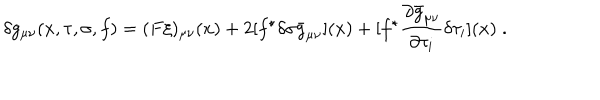
LaTeX: \delta g _ { \mu \nu } ( x , \tau , \sigma , f ) = ( F \xi ) _ { \mu \nu } ( x ) + 2 [ f ^ { \star } \delta \sigma \bar { g } _ { \mu \nu } ] ( x ) + [ f ^ { \star } \frac { \partial \bar { g } _ { \mu \nu } } { \partial \tau _ { i } } \delta \tau _ { i } ] ( x ) \; .